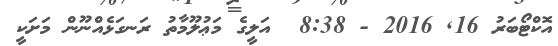
އޮކްޓޯބަރު 16